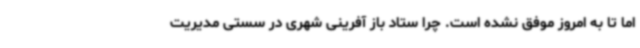
اما تا به امروز موفق نشده است. چرا ستاد باز آفرینی شهری در سستی مدیریت